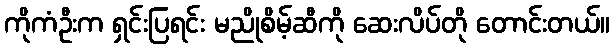
ကိုကံဦးက ရှင်းပြရင်း မညိုစိမ့်ဆီကို ဆေးလိပ်တို တောင်းတယ်။